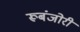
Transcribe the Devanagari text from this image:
रूबंजोरी